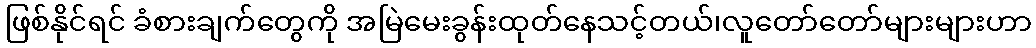
ဖြစ်နိုင်ရင် ခံစားချက်တွေကို အမြဲမေးခွန်းထုတ်နေသင့်တယ်၊လူတော်တော်များများဟာ